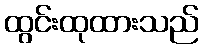
ထွင်းထုထားသည်